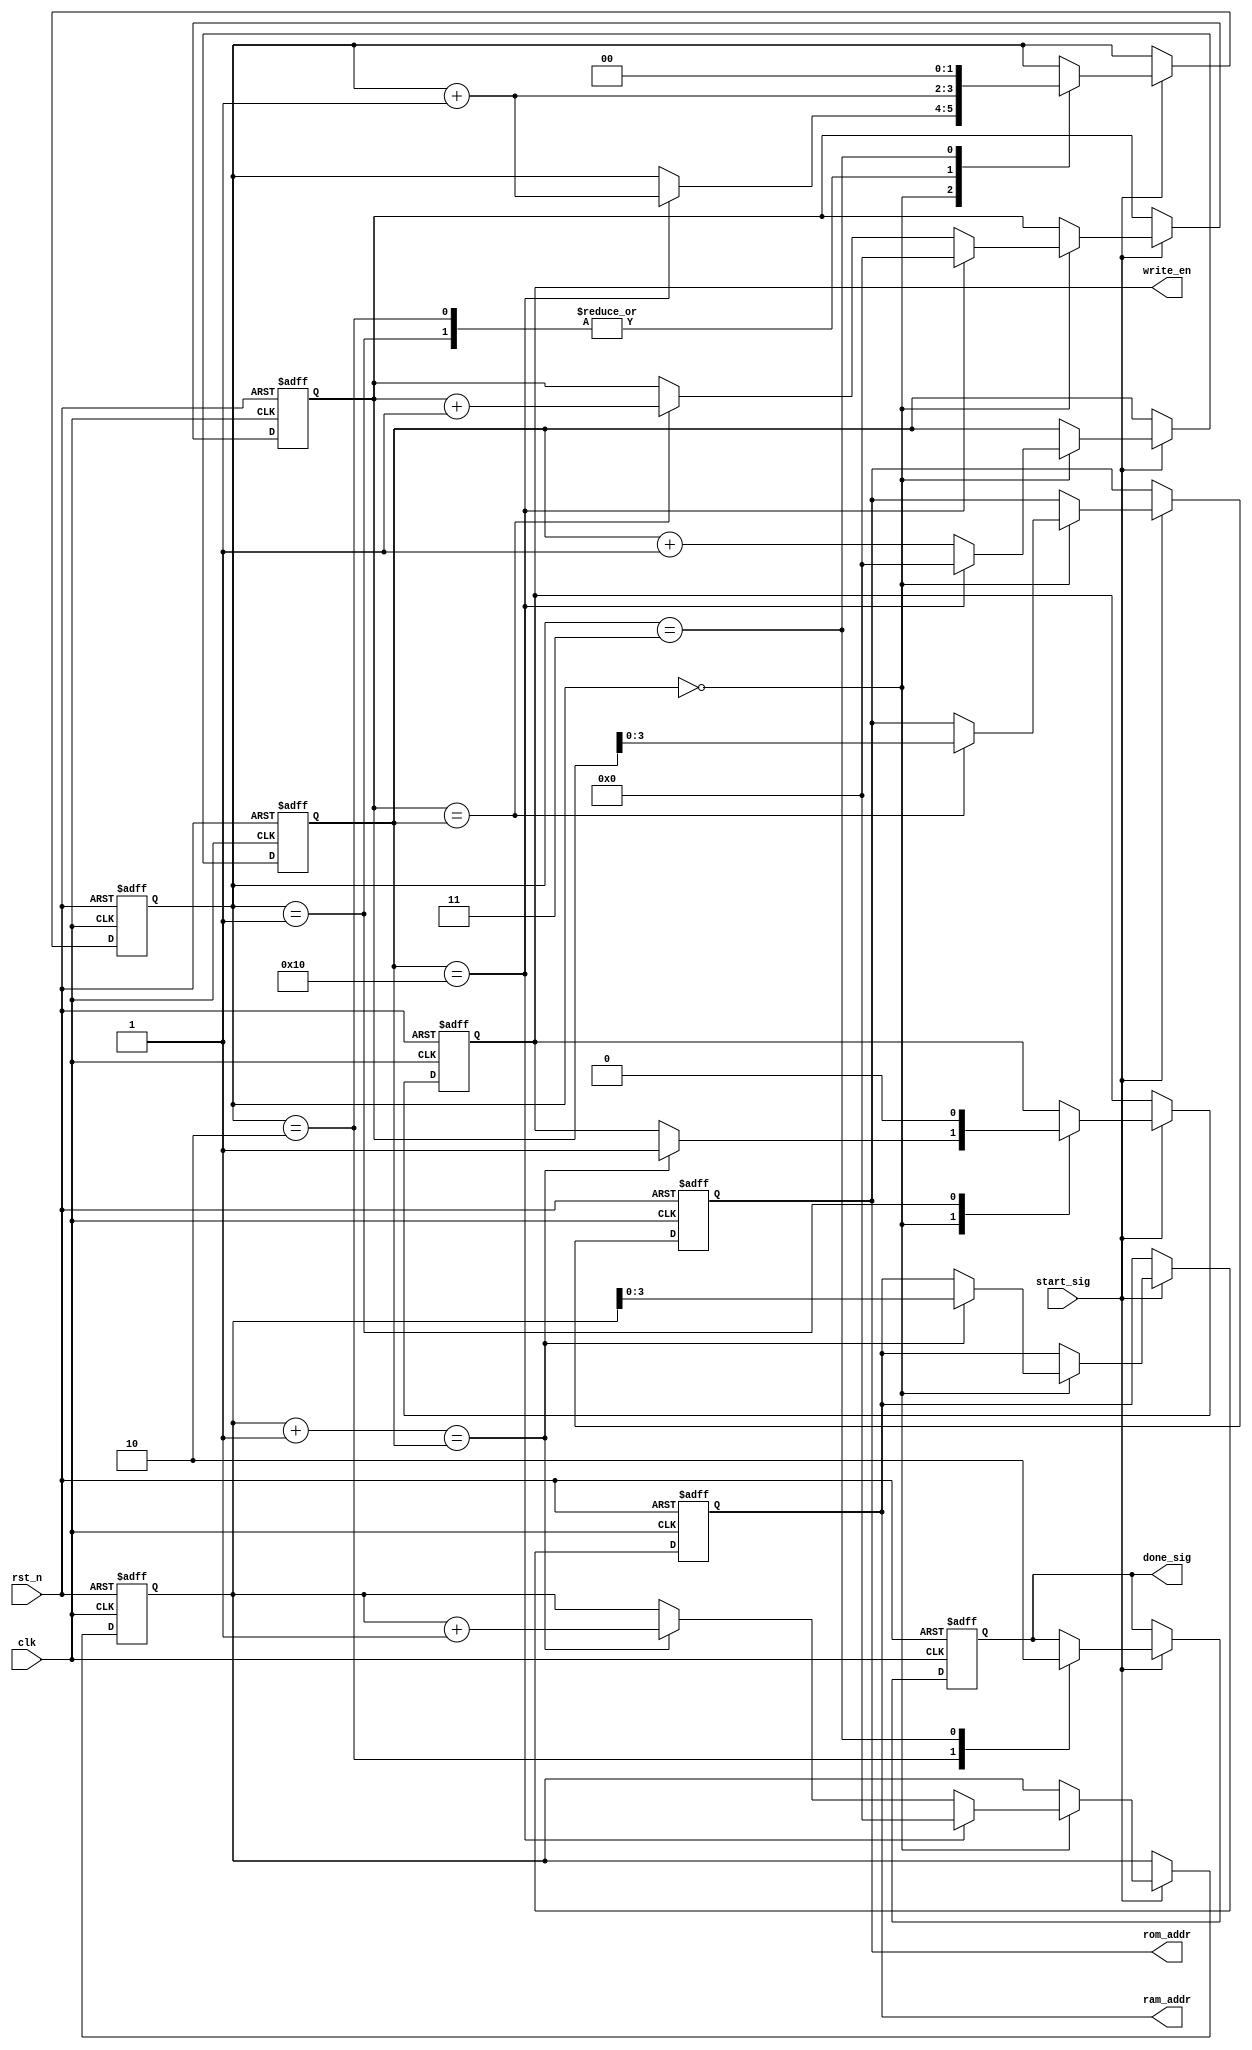
module control_module
(
    input clk,
    input rst_n,
    
    input start_sig,
    output reg done_sig,
    
    output reg [3:0] rom_addr,
    output reg write_en,
    output reg [3:0] ram_addr
);


    reg [4:0] c1;
    reg [4:0] x;
    reg [4:0] y;
    reg [1:0] i;
    
    always @(posedge clk or negedge rst_n)
    begin
        if(~rst_n)
        begin
            i <= 2'd0;
            c1 <= 5'd0;
            x <= 5'd0;
            y <= 5'd0;
            done_sig <= 1'b0;
            rom_addr <= 4'd0;
            write_en <= 1'b0;
            ram_addr <= 4'd0;
        end
        else if(start_sig)
        begin
            case(i)
                 
                 //rom_data1clk,rom_addrram_addrwrite_en 1clk
                 //:rom_addrx,ram_addry
                 //c1=16,y=15,ram_addr=14,clk,y=0,ram_addr=15,write_en
                 //write_enc1=16(y=150,write_en)
                0:
                begin
                
                if(x == c1) begin x <= x + 1'b1; rom_addr <= x; end
                
                if(y+1 == c1) begin y <= y + 1'b1; ram_addr <= y; write_en <= 1'b1; end
                
                if(c1 == 16) begin c1 <= 5'd0; x <= 5'd0; y <= 5'd0; i <= i + 1'b1; end
                else begin c1 <= c1 + 1'b1; end
                
                end
                
                1:
                begin write_en <= 1'b0; i <= i + 1'b1; end //write_en
                
                2:
                begin done_sig <= 1'b1; i <= i + 1'b1; end
                
                3:
                begin done_sig <= 1'b0; i <= 2'd0; end
            
            endcase
        end
    end
    
    
    
endmodule